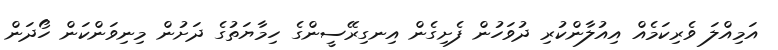
އަމިއްލަ ވެރިކަމެއް އިއުލާންކުރި ދުވަހުން ފެށިގެން އިނގިރޭސީންގެ ހިމާޔަތުގެ ދަށުން މިނިވަންކަން ހޯދަން